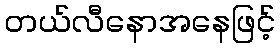
တယ်လီနောအနေဖြင့်